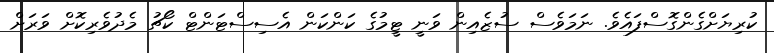
ކުރިޔަށްގެންގޮސްފައެވެ. ނަމަވެސް ސުޒެއިން ވަނީ ޓީމުގެ ކަންކަން އެސިސްޓަންޓް ކޯޗު މެދުވެރިކޮށް ވަރަށް